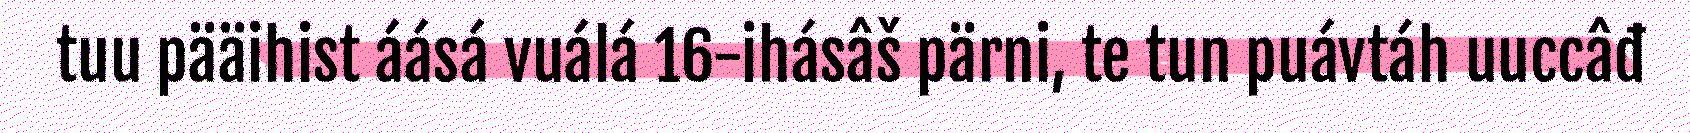
tuu pääihist áásá vuálá 16-ihásâš pärni, te tun puávtáh uuccâđ